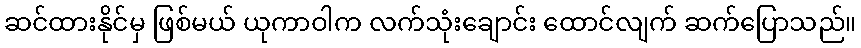
ဆင်ထားနိုင်မှ ဖြစ်မယ် ယုကာဝါက လက်သုံးချောင်း ထောင်လျက် ဆက်ပြောသည်။